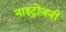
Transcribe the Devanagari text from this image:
नाइट्रोजनी